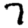
Digit: 7